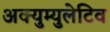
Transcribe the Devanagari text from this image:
अक्युम्युलेटिव